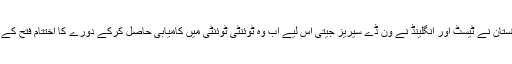
آفریدی نے کہا کہ پاکستان نے ٹیسٹ اور انگلینڈ نے ون ڈے سیریز جیتی اس لیے اب وہ ٹوئنٹی ٹوئنٹی میں کامیابی حاصل کرکے دورے کا اختتام فتح کے ساتھ کرنا چاہتے ہیں۔